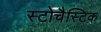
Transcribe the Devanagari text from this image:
स्टोचैस्टिक